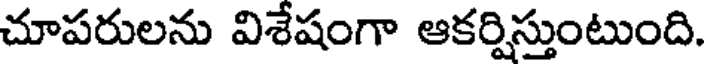
చూపరులను విశేషంగా ఆకర్షిస్తుంటుంది.